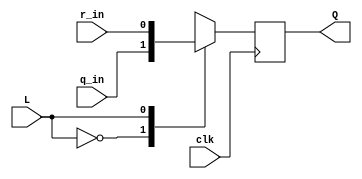
module top_module (
	input clk,
	input L,
	input r_in,
	input q_in,
	output reg Q);

	wire d;
	always @(*) begin

		case(L)
			1'b0 :  d = q_in;
			1'b1 :  d = r_in;
		endcase

	end
  
	always @(posedge clk) begin
			Q <= d;
	end
    
endmodule